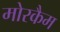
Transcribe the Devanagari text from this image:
मोरकैम